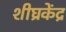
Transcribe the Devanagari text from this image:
शीघ्रकेंद्र